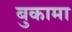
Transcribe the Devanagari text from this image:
बुकामा